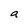
Character: a